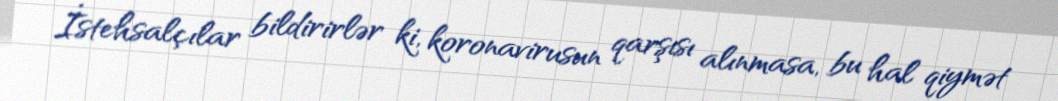
İstehsalçılar bildirirlər ki, koronavirusun qarşısı alınmasa, bu hal qiymət